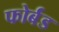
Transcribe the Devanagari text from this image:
फोर्बंड